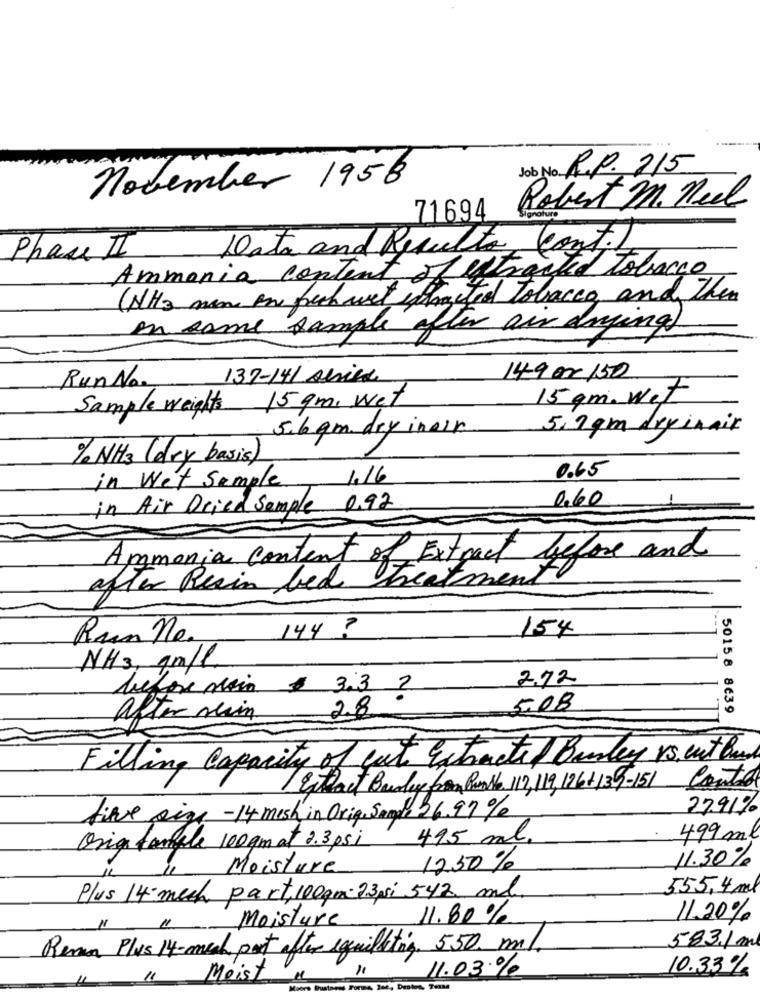
Job No. R.p. 215
november 1956
Robert M. Neel
71694
Data and Results Cont.
Phase II
Ammonia content of extracted tobacco
(NH3 man one frech wet wetacted Tobacco and then
in some sample after air drying)
137-14/ shier
149 or 150
Run No.
15 gm, wet
15 gm. wet
Sample weights
5.6 gm. dry inair
5.2 gm dryinair
% NH3 (dry basis)
0.65
1.16
in Wet Sample
1.60
in Air Dried Sample 0.92
Ammonia content of Extract before and
after Resin bed treatment
144 ?
154
Run ne.
NH3, 1m/l.
2.72
before main
$ 3.3 2
2.8
5.08
50158 8639
after sein
Filling Capacity of cut Extracted Bendey vis cut Band
Esteact Buddy from Punto 117,119, 126+139-151 Control
27.91%
file size -14 mish in Orig Sange 26.97%
Orig female 100gm at 2.3 psi 495 ml.
499 ml
11.30%
Moisture
1250%
555,4 ml
Plus 14-mech part, 100gm-23,si 542 ml.
Moisture
11.80%
11.20%
11
11
Rema Plus 14-mech port after equilting. 550 ml
583.1m
11.03 %
10.33%
Meist